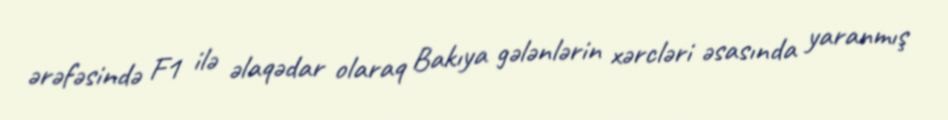
ərəfəsində F1 ilə əlaqədar olaraq Bakıya gələnlərin xərcləri əsasında yaranmış